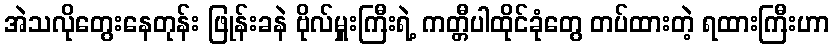
အဲသလိုတွေးနေတုန်း ဖြုန်းခနဲ ဗိုလ်မှူးကြီးရဲ့ ကတ္တီပါထိုင်ခုံတွေ တပ်ထားတဲ့ ရထားကြီးဟာ